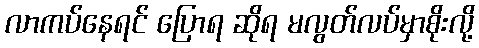
လာကပ်နေရင် ပြောရ ဆိုရ မလွတ်လပ်မှာစိုးလို့